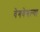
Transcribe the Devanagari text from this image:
वेगवेगल्या